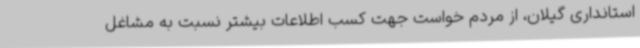
استانداری گیلان، از مردم خواست جهت کسب اطلاعات بیشتر نسبت به مشاغل